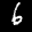
Label: 6